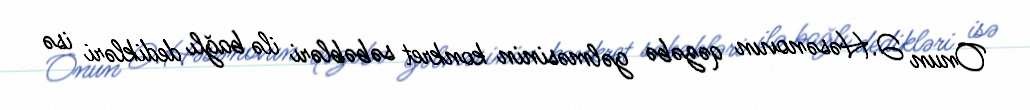
Onun Ə.Həsənovun qəzəbə gəlməsinin konkret səbəbləri ilə bağlı dedikləri isə